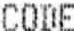
CODE